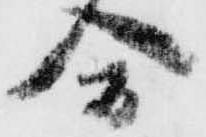
合